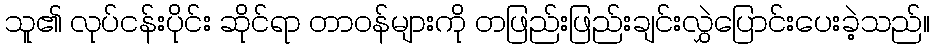
သူ၏ လုပ်ငန်းပိုင်း ဆိုင်ရာ တာဝန်များကို တဖြည်းဖြည်းချင်းလွှဲပြောင်းပေးခဲ့သည်။